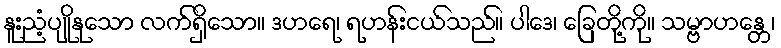
နူးညံ့ပျိုနုသော လက်ရှိသော။ ဒဟရေ၊ ရဟန်းငယ်သည်။ ပါဒေ၊ ခြေတို့ကို။ သမ္ဗာဟန္တေ၊